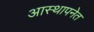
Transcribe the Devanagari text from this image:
आस्थापनेत